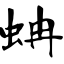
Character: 蚺